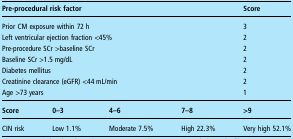
| <COLSPAN=4> Pre-procedural risk factor | Score |
 | --- | --- | --- | --- | --- |
 | <COLSPAN=4> Prior CM exposure within 72 h | 3 |
 | <COLSPAN=4> Left ventricular ejection fraction <45% | 2 |
 | <COLSPAN=4> Pre-procedure SCr >baseline SCr | 2 |
 | <COLSPAN=4> Baseline SCr >1.5 mg/dL | 2 |
 | <COLSPAN=4> Diabetes mellitus | 2 |
 | <COLSPAN=4> Creatinine clearance (eGFR) <44 mL/min | 2 |
 | <COLSPAN=4> Age >73 years | 1 |
 | Score | 0–3 | 4–6 | 7–8 | >9 |
 | CIN risk | Low 1.1% | Moderate 7.5% | High 22.3% | Very high 52.1% |